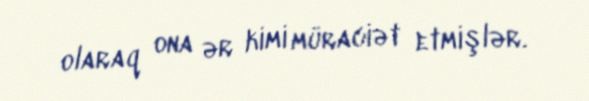
olaraq ona ər kimi müraciət etmişlər.